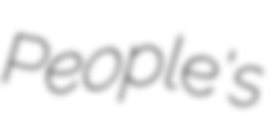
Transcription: People's